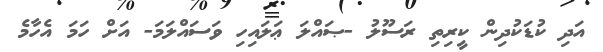
އަދި ކުޑަކުދިން ކީރިތި ރަސޫލު -ޞައްލަ ޢަލައިހި ވަސައްލަމަ- އަށް ހަމަ އެހާމެ